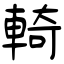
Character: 輢